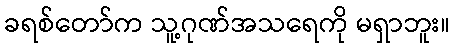
ခရစ်တော်က သူ့ဂုဏ်အသရေကို မရှာဘူး။